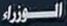
الوزراء